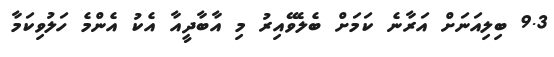
9.3 ބިލިއަނަށް އަރާނެ ކަމަށް ބެލެވޭއިރު މި އާބާދީއާ އެކު އެންމެ ހަލުވިކަމާ